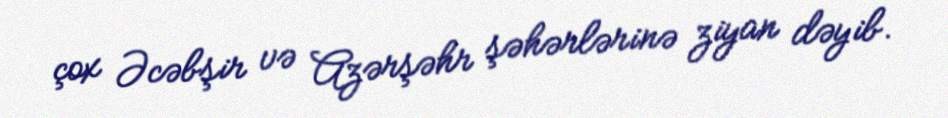
çox Əcəbşir və Azərşəhr şəhərlərinə ziyan dəyib.